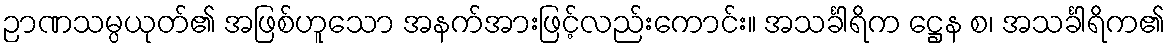
ဉာဏသမ္ပယုတ်၏ အဖြစ်ဟူသော အနက်အားဖြင့်လည်းကောင်း။ အသင်္ခါရိက ဋ္ဌေန စ၊ အသင်္ခါရိက၏